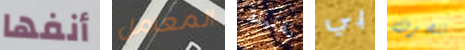
أنفها المعامل بقنبلة بي تنصرف